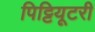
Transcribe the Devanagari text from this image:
पिट्टियूटरी